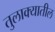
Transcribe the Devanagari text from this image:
तुलाक्यातील